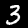
Label: 3